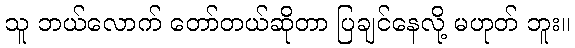
သူ ဘယ်လောက် တော်တယ်ဆိုတာ ပြချင်နေလို့ မဟုတ် ဘူး။